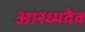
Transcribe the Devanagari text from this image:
आरध्यदेव